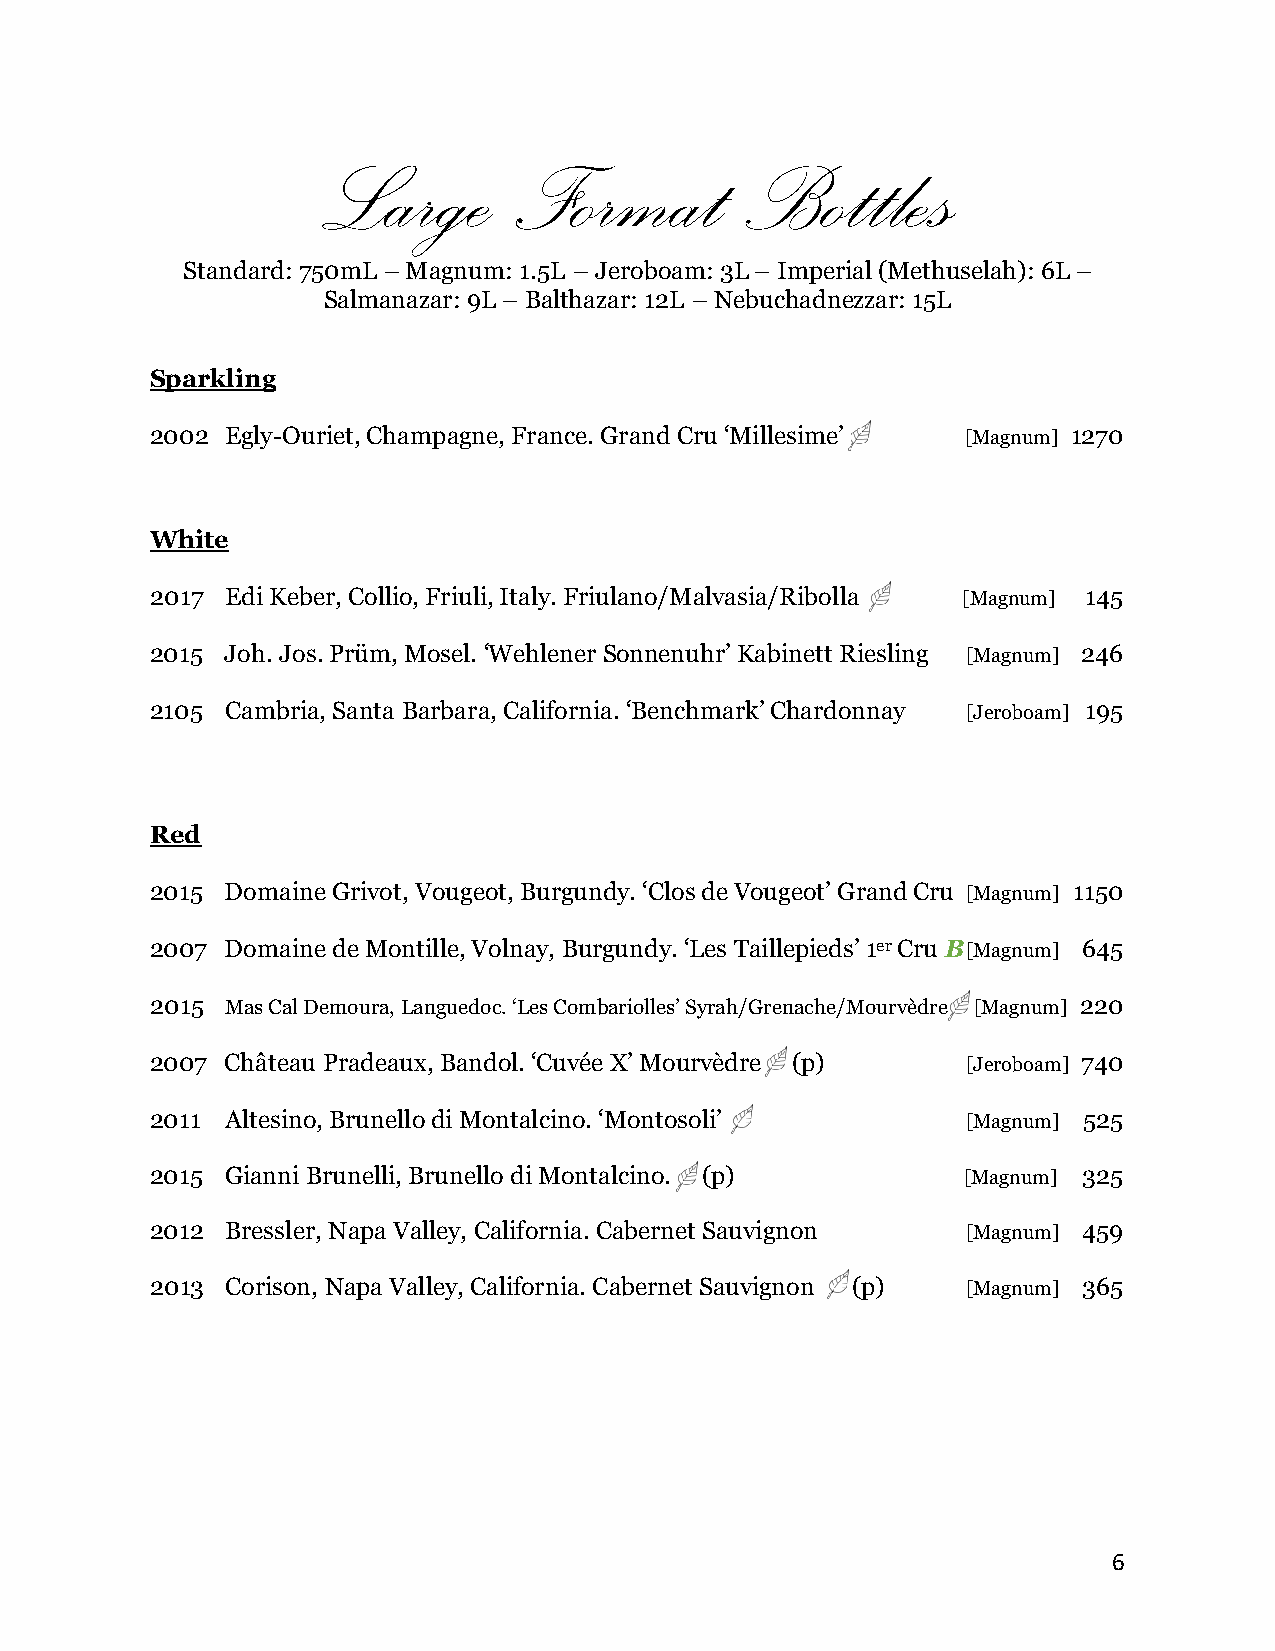
Large        Format         Bottles
 Standard: 750mL – Magnum: 1.5L – Jeroboam: 3L – Imperial (Methuselah): 6L –
 Salmanazar: 9L – Balthazar: 12L – Nebuchadnezzar: 15L
 Sparkling
 2002 Egly-Ouriet, Champagne, France. Grand Cru ‘Millesime’ [Magnum] 1270
 White
 2017 Edi Keber, Collio, Friuli, Italy. Friulano/Malvasia/Ribolla [Magnum] 145
 2015 Joh. Jos. Prüm, Mosel. ‘Wehlener Sonnenuhr’ Kabinett Riesling [Magnum] 246
 2105 Cambria, Santa Barbara, California. ‘Benchmark’ Chardonnay [Jeroboam] 195
 Red
 2015 Domaine Grivot, Vougeot, Burgundy. ‘Clos de Vougeot’ Grand Cru [Magnum] 1150
 2007 Domaine de Montille, Volnay, Burgundy. ‘Les Taillepieds’ 1er Cru B [Magnum] 645
 2015 Mas Cal Demoura, Languedoc. ‘Les Combariolles’ Syrah/Grenache/Mourvèdre [Magnum] 220
 2007 Château Pradeaux, Bandol. ‘Cuvée X’ Mourvèdre (p) [Jeroboam] 740
 2011 Altesino, Brunello di Montalcino. ‘Montosoli’    [Magnum] 525
 2015 Gianni Brunelli, Brunello di Montalcino. (p)     [Magnum] 325
 2012 Bressler, Napa Valley, California. Cabernet Sauvignon [Magnum] 459
 2013 Corison, Napa Valley, California. Cabernet Sauvignon (p) [Magnum] 365
 6